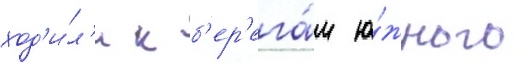
ход'и́л'и к б'ер'ега́м ю́жного